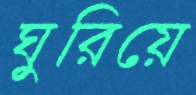
ঘুরিয়ে